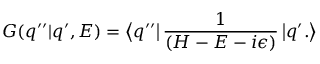
G ( q ^ { \prime \prime } | q ^ { \prime } , E ) = \left< q ^ { \prime \prime } \right| \frac { 1 } { ( { \cal { H } } - E - i \epsilon ) } \left| q ^ { \prime } . \right>